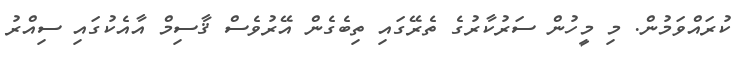
ކުރައްވަމުން. މި މީހުން ސަރުކާރުގެ ތެރޭގައި ތިބެގެން އޭރުވެސް ޤާސިމް އާއެކުގައި ސިއްރު